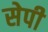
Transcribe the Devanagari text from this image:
सेपी